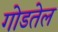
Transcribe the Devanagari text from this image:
गोडतेल